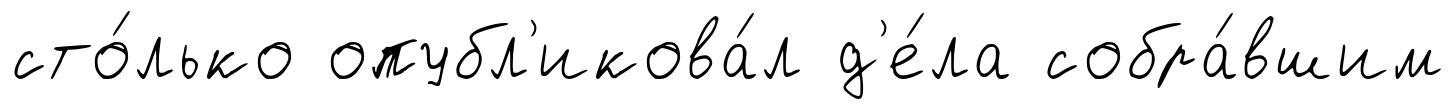
сто́лько опубл'икова́л д'е́ла собра́вшим